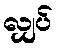
လျှပ်